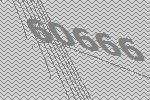
60666